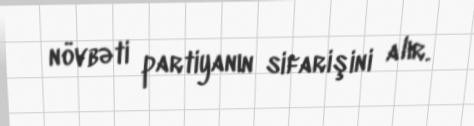
növbəti partiyanın sifarişini alır.